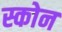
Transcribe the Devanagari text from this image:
स्कोन